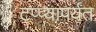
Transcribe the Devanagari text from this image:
टप्प्यापर्यंत